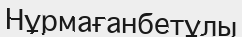
Нұрмағанбетұлы